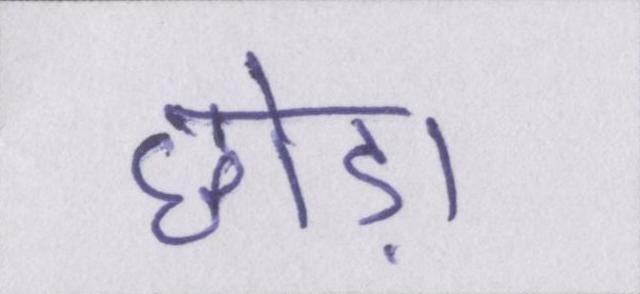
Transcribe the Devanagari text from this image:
छोड़ा